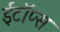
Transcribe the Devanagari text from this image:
ईटॉप्स